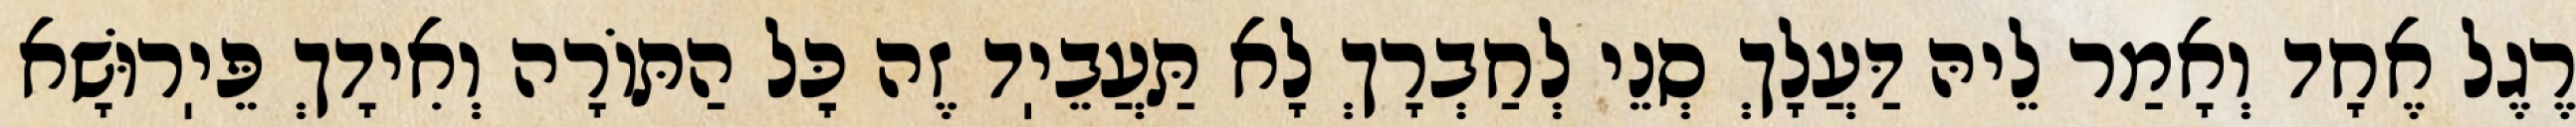
רֶגֶל אֶחָד וְאָמַר לֵיהּ דַּעֲלָךְ סְנֵי לְחַבְרָךְ לָא תַּעֲבֵיֽד זֶה כׇּל הַתּוֹרָה וְאִידָךְ פֵּיֽרוּשָׁא